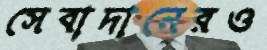
সেবাদানেরও